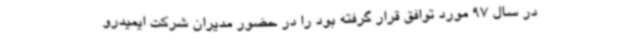
در سال 97 مورد توافق قرار گرفته بود را در حضور مدیران شرکت ایمیدرو